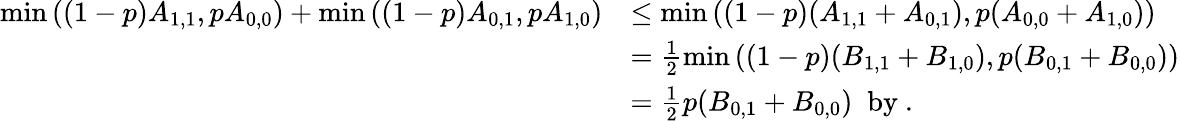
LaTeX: \begin{array}{rl}{\operatorname*{min}{((1-p)A_{1,1},pA_{0,0})}+\operatorname*{min}{((1-p)A_{0,1},pA_{1,0})}}&{\leq\operatorname*{min}{((1-p)(A_{1,1}+A_{0,1}),p(A_{0,0}+A_{1,0}))}}\\ &{=\frac{1}{2}\operatorname*{min}{((1-p)(B_{1,1}+B_{1,0}),p(B_{0,1}+B_{0,0}))}}\\ &{=\frac{1}{2}p(B_{0,1}+B_{0,0})\; \mathrm{~by~}.}\end{array}